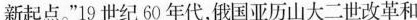
新起点。”19世纪60年代，俄国亚历山大二世改革和